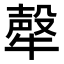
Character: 𤛗